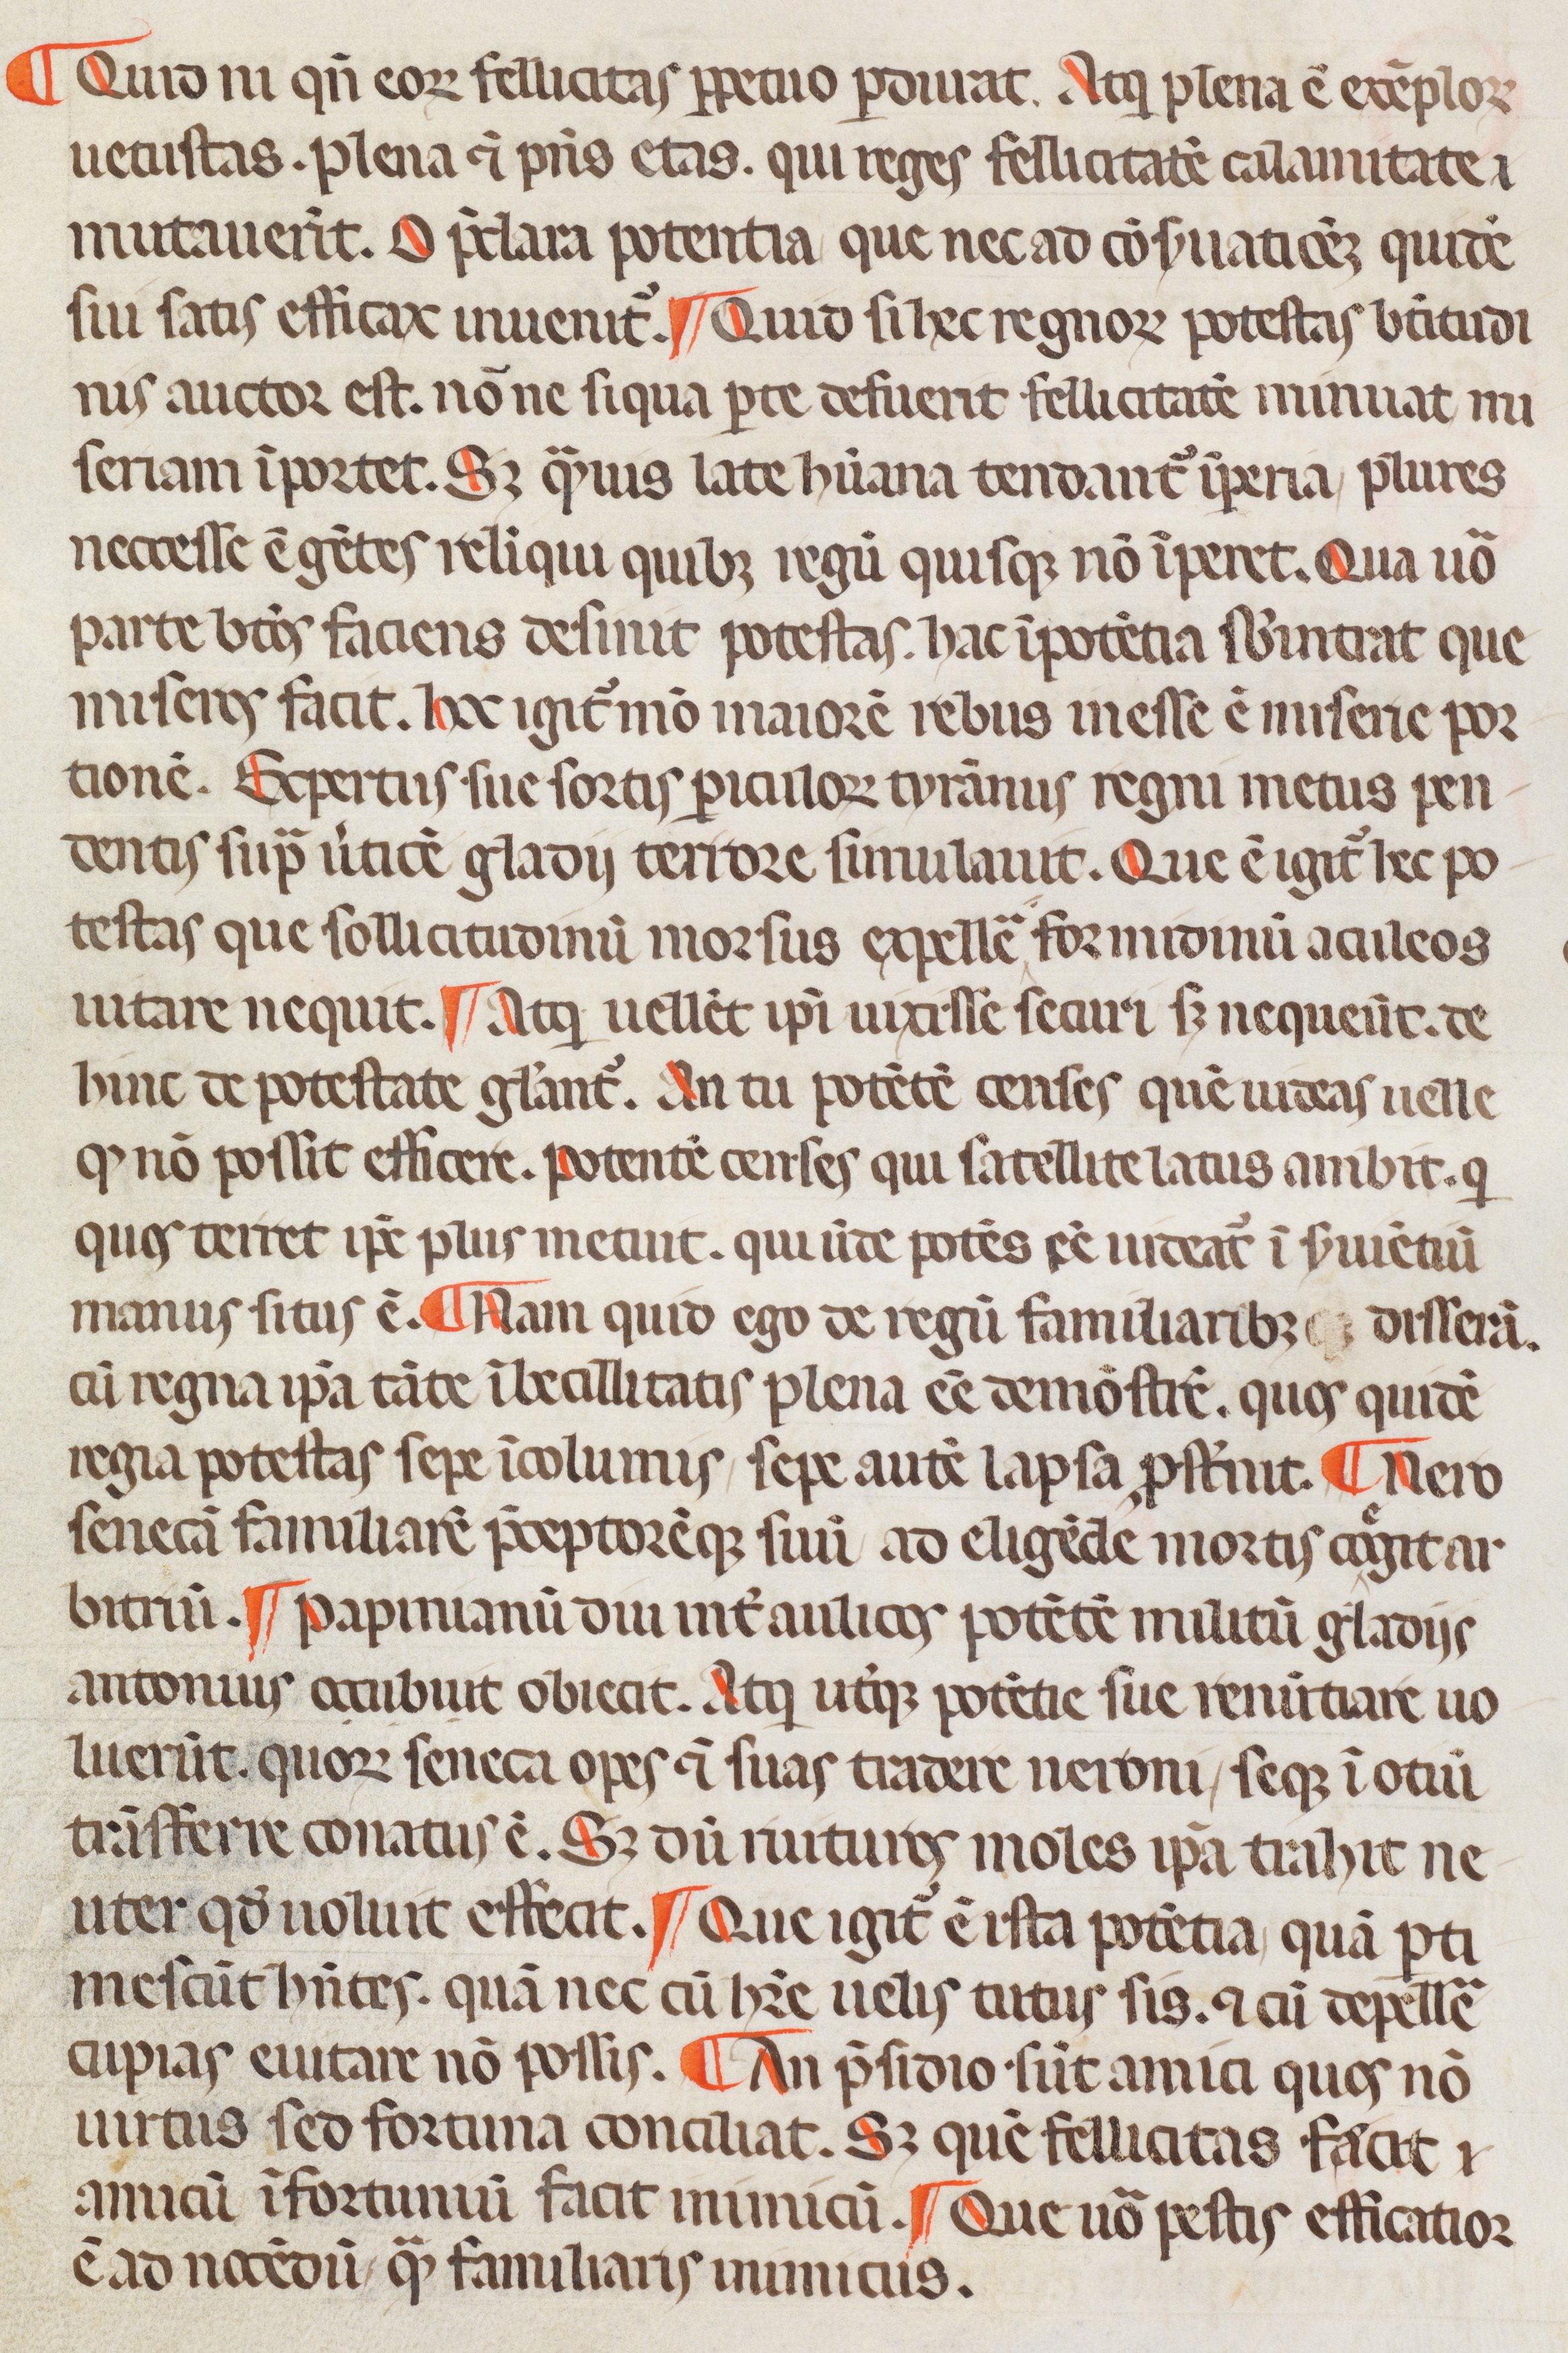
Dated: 1350–1399